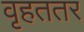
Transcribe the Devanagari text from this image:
वृहततर